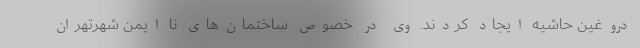
دروغین حاشیه ایجاد کردند. وی در خصوص ساختمان‌های نا ایمن شهرتهران